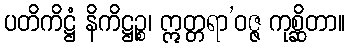
ပတိကိဋ္ဌံ နိကိဋ္ဌဉ္စ၊ ဣတ္တရာ’ဝဇ္ဇ ကုစ္ဆိတာ။